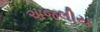
અજલીય